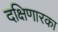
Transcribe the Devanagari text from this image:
दक्षिणारका